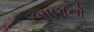
બાણનો